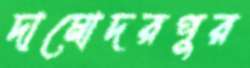
দামোদরপুর